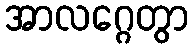
အာလဂ္ဂေတွာ